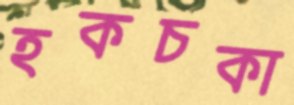
হকচকা